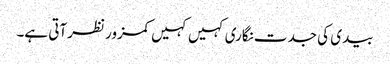
بیدی کی جدت نگاری کہیں کہیں کمزور نظرآتی ہے۔